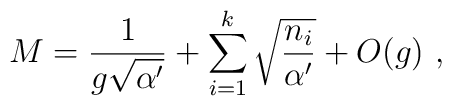
M = {1\over g\sqrt{\alpha'}} + \sum_{i=1}^k\sqrt{n_i\over \alpha'}+ O(g)\ ,